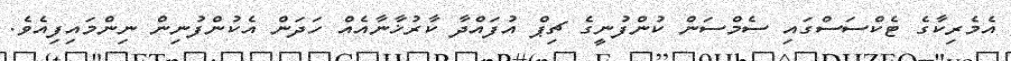
އެމެރިކާގެ ޓެކްސަސްގައި ސެމްސަން ކުންފުނީގެ ޗިޕް އުފައްދާ ކާރުޚާނާއެއް ހަދަން އެކުންފުނިން ނިންމައިފިއެވެ.